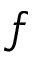
f